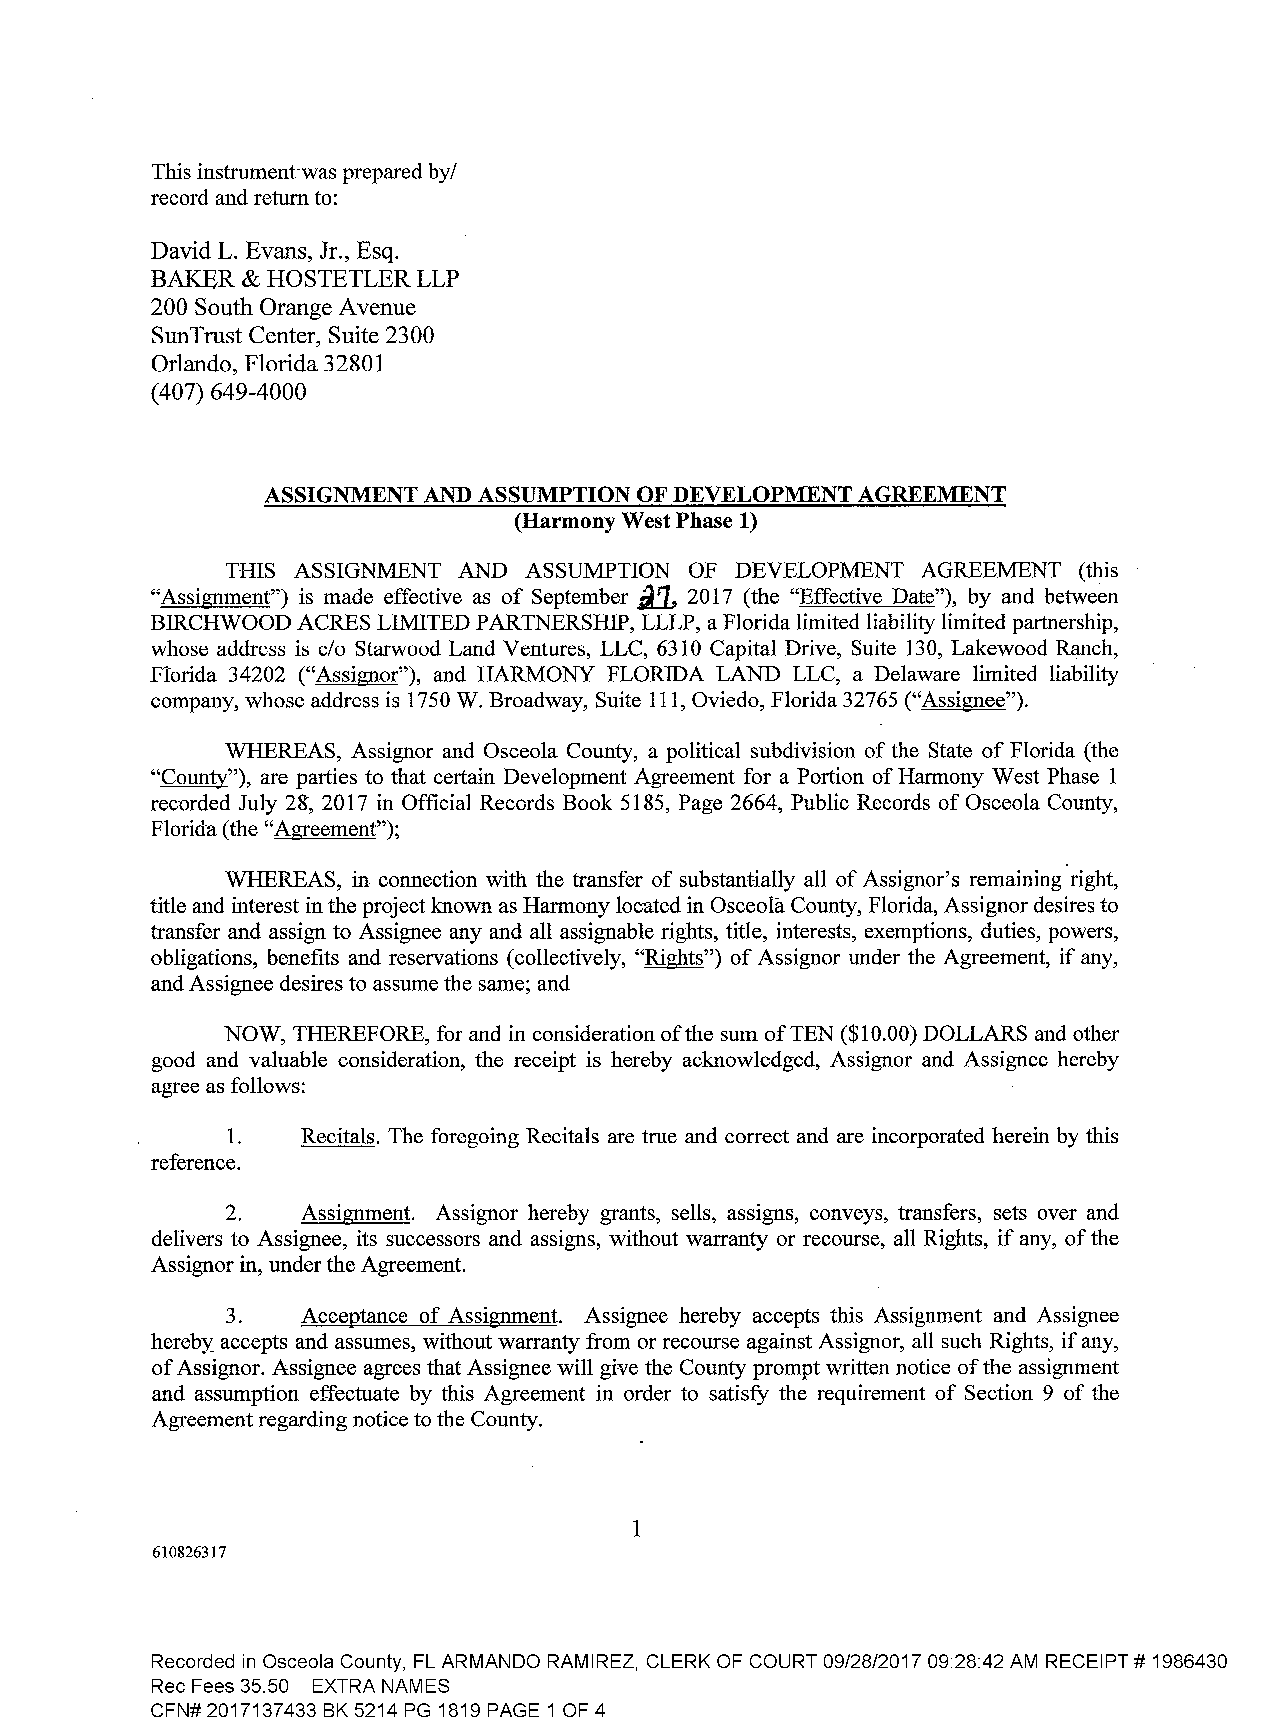
This instrument-was prepared by/
 record and return to:
 David L Evans, Jr., Esq.
 BAKER & HOSTETLER LLP
 200 South Orange A venue
 SunTrust Center, Suite 2300
 Orlando, Florida 32801
 ( 407) 649-4000
 ASSIGNMENT AND ASSUMPTION OF DEVELOPMENT AGREEMENT
 (Harmony West Phase 1)
 THIS ASSIGNMENT AND ASSUMPTION OF DEVELOPMENT AGREEMENT (this
 "Assignment") is made effective as of September _a1, 2017 (the "Effective Date"), by and between
 BIRCHWOOD ACRES LIMITED PARTNERSHIP, LLLP, a Florida limited liability limited partnership,
 whose address is c/o Starwood Land Ventures, LLC, 6310 Capital Drive, Suite 130, Lakewood Ranch,
 Florida 34202 ("Assignor"), and HARMONY FLORIDA LAND LLC, a Delaware limited liability
 company, whose address is 1750 W. Broadway, Suite 111, Oviedo, Florida 32765 ("Assignee").
 WHEREAS, Assignor and Osceola County, a political subdivision of the State of Florida (the
 "County"), are parties to that certain Development Agreement for a Portion of Harmony West Phase 1
 recorded July 2S-, 2017 in Official Rec0rds Book 5185, Page 2664, Public Records of Osceola County,
 Florida (the "Agreement");
 WHEREAS, in connection with the transfer of substantially all of Assignor's remaining right,
 title and interest in the project known as Harmony located in Osceola County, Florida, Assignor desires to
 transfer and assign to Assignee any and all assignable rights, title, interests, exemptions, duties, powers,
 obligations, benefits and reservations ( collectively, "Rights") of Assignor under the Agreement, if any,
 and Assignee desires to assume the same; and
 NOW, THEREFORE, for and in consideration of the sum of TEN ($10.00) DOLLARS and other
 good and valuable consideration, the receipt is hereby acknowledged, Assignor and Assignee hereby
 agree as follows:
 1.   Recitals. The foregoing Recitals are true and correct and are incorporated herein by this
 reference.
 2.   Assignment. Assignor hereby grants, sells, assigns, conveys, transfers, sets over and
 delivers to Assignee, its successors and assigns, without warranty or recourse, all Rights, if any, of the
 Assignor in, under the Agreement.
 3.   Acceptance of Assignment. Assignee hereby accepts this Assignment and Assignee
 hereby_ accepts and assumes, without warranty from or recourse against Assignor, all such Rights, if any,
 of Assignor. Assignee agrees that Assignee will give the County prompt written notice of the assignment
 and assumption effectuate by this Agreement in order to satisfy the requirement of Section 9 of the
 Agreement regarding notice to the County.
 1
 610826317
 Recorded in Osceola County, FL ARMANDO RAMIREZ, CLERK OF COURT 09/28/2017 09:28:42 AM RECEIPT# 1986430
 Rec Fees 35.50 EXTRA NAMES
 CFN# 2017137433 BK 5214 PG 1819 PAGE 1 OF 4